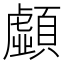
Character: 𩕚